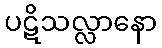
ပဋိသလ္လာနော